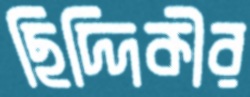
ছিদ্দিকীর